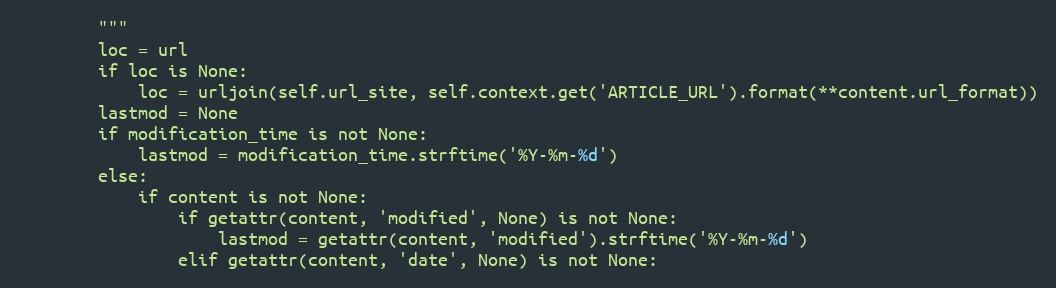
Language: Python
        """
        loc = url
        if loc is None:
            loc = urljoin(self.url_site, self.context.get('ARTICLE_URL').format(**content.url_format))
        lastmod = None
        if modification_time is not None:
            lastmod = modification_time.strftime('%Y-%m-%d')
        else:
            if content is not None:
                if getattr(content, 'modified', None) is not None:
                    lastmod = getattr(content, 'modified').strftime('%Y-%m-%d')
                elif getattr(content, 'date', None) is not None: